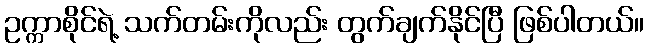
ဥက္ကာစိုင်ရဲ့ သက်တမ်းကိုလည်း တွက်ချက်နိုင်ပြီ ဖြစ်ပါတယ်။